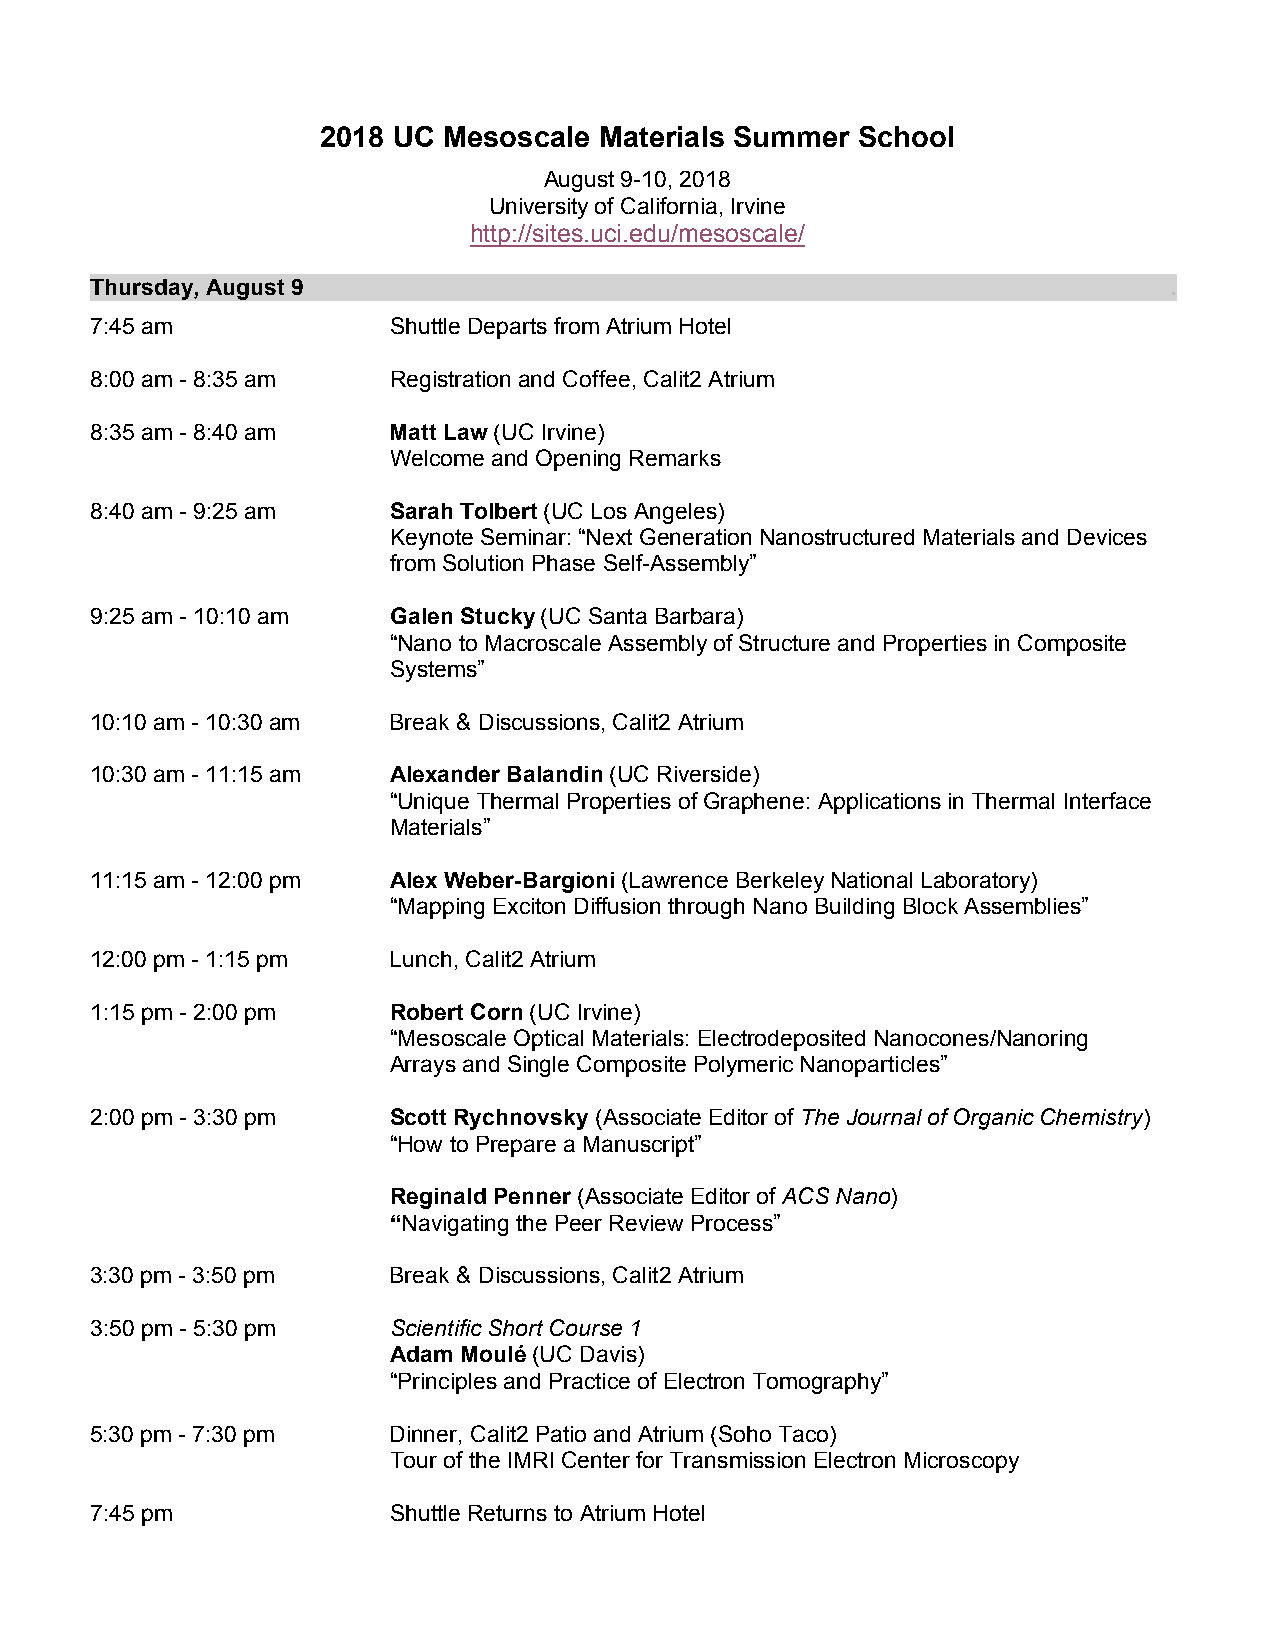
2018 UC Mesoscale  Materials Summer School
 August 9-10, 2018
 University of California, Irvine
 http://sites.uci.edu/mesoscale/
 Thursday, August 9                                                     .
 7:45 am             Shuttle Departs from Atrium Hotel
 8:00 am - 8:35 am   Registration and Coffee, Calit2 Atrium
 8:35 am - 8:40 am   Matt Law (UC Irvine)
 Welcome and Opening Remarks
 8:40 am - 9:25 am   Sarah Tolbert (UC Los Angeles)
 Keynote Seminar: “Next Generation Nanostructured Materials and Devices
 from Solution Phase Self-Assembly”
 9:25 am - 10:10 am  Galen Stucky (UC Santa Barbara)
 “Nano to Macroscale Assembly of Structure and Properties in Composite
 Systems”
 10:10 am - 10:30 am Break & Discussions, Calit2 Atrium
 10:30 am - 11:15 am Alexander Balandin (UC Riverside)
 “Unique Thermal Properties of Graphene: Applications in Thermal Interface
 Materials”
 11:15 am - 12:00 pm Alex Weber-Bargioni (Lawrence Berkeley National Laboratory)
 “Mapping Exciton Diffusion through Nano Building Block Assemblies”
 12:00 pm - 1:15 pm  Lunch, Calit2 Atrium
 1:15 pm - 2:00 pm   Robert Corn (UC Irvine)
 “Mesoscale Optical Materials: Electrodeposited Nanocones/Nanoring
 Arrays and Single Composite Polymeric Nanoparticles”
 2:00 pm - 3:30 pm   Scott Rychnovsky (Associate Editor of The Journal of Organic Chemistry)
 “How to Prepare a Manuscript”
 Reginald Penner (Associate Editor of ACS Nano)
 “Navigating the Peer Review Process”
 3:30 pm - 3:50 pm   Break & Discussions, Calit2 Atrium
 3:50 pm - 5:30 pm   Scientific Short Course 1
 Adam Moulé (UC Davis)
 “Principles and Practice of Electron Tomography”
 5:30 pm - 7:30 pm   Dinner, Calit2 Patio and Atrium (Soho Taco)
 Tour of the IMRI Center for Transmission Electron Microscopy
 7:45 pm             Shuttle Returns to Atrium Hotel